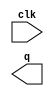
`timescale 1ns / 1ps
//////////////////////////////////////////////////////////////////////////////////
// Company: 
// Engineer: 
// 
// Design Name: 
// Module Name: Basic4BitCounter
// Project Name: 
// Target Devices: 
// Tool Versions: 
// Description: 
// 
// Dependencies: 
// 
// Revision:
// Revision 0.01 - File Created
// Additional Comments:
// 
//////////////////////////////////////////////////////////////////////////////////


module Basic4BitCounter(
    input clk,
    output reg [3:0] q 
    );
    
//    counter4bit counter0(clk, q[3:0]);
endmodule



//module counter4bit(
//    input clk,
//    output reg [3:0] q
//    );
    
//initial begin
//    q = 0;
//end

//always @ (posedge clk) begin
//    q = q + 1;
//end

//endmodule